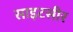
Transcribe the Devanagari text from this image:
साइटसीर